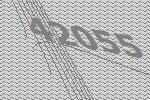
42055